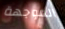
الموجهة